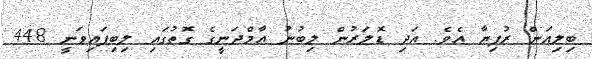
ބިލިއަން ރުފިޔާ އެވެ. އަދި ޑޮލަރުން ލިބުނު އާމްދަނީގެ ގޮތުގައި ލިބިފައިވަނީ 448